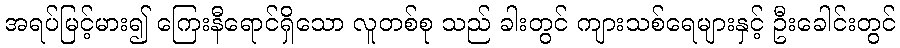
အရပ်မြင့်မား၍ ကြေးနီရောင်ရှိသော လူတစ်စု သည် ခါးတွင် ကျားသစ်ရေများနှင့် ဦးခေါင်းတွင်